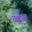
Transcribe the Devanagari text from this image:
तकुआ